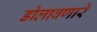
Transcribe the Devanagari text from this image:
डोलावणारे